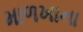
માળખાના